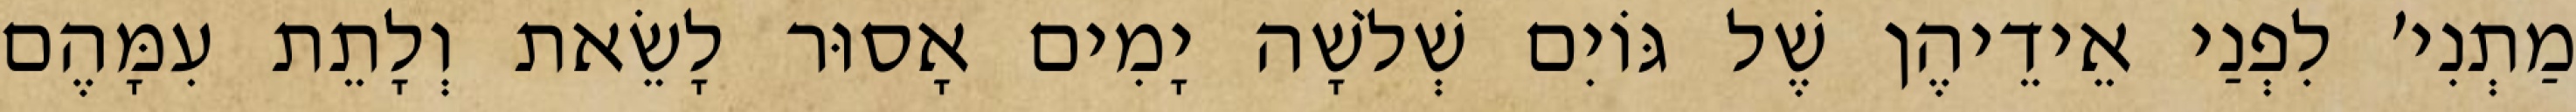
מַתְנִי׳ לִפְנַי אֵידֵיהֶן שֶׁל גּוֹיִם שְׁלֹשָׁה יָמִים אָסוּר לָשֵׂאת וְלָתֵת עִמָּהֶם